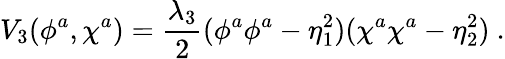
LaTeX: V_{3}(\phi^{a},\chi^{a})=\frac{\lambda_{3}}2(\phi^{a}\phi^{a}-\eta_{1}^{2})(\chi^{a}\chi^{a}-\eta_{2}^{2})\ .